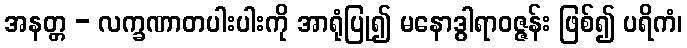
အနတ္တ - လက္ခဏာတပါးပါးကို အာရုံပြု၍ မနောဒွါရာဝဇ္ဇန်း ဖြစ်၍ ပရိကံ၊